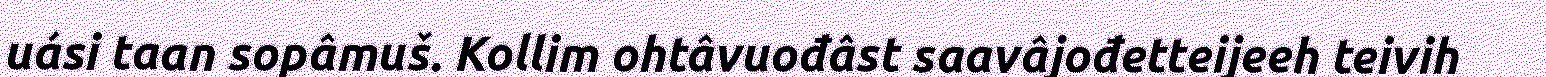
uási taan sopâmuš. Kollim ohtâvuođâst saavâjođetteijeeh teivih